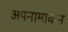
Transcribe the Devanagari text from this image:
अपनामांकन